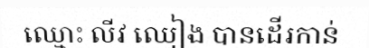
ឈ្មោះ លីវ ឈៀង បានដើរកាន់